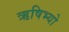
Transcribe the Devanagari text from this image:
ऋषिभ्यो